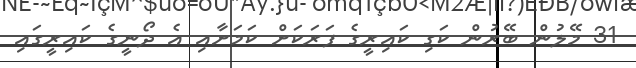
31 މޭލުން ބޭރުން ކަގި ކައިރީގެ ފަރަކަށް ކަމަށާއި އެ ދޯނީގެ ކައިރީގައި